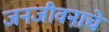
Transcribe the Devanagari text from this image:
जनजीवनाचे